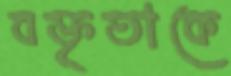
বক্তৃতাকে